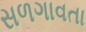
સળગાવતા